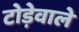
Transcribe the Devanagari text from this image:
टोड़ेवाले